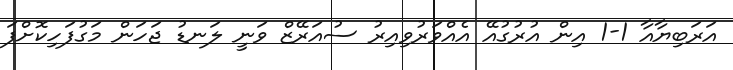
އަރަބިޔާއާ 1-1 އިން އުރުގުއޭ އެއްވަރުވިއިރު ސުއަރޭޒް ވަނީ ލަނޑު ޖަހަން މަގުފަހިކޮށްފަ